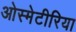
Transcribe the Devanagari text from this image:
ओस्मेटीरिया